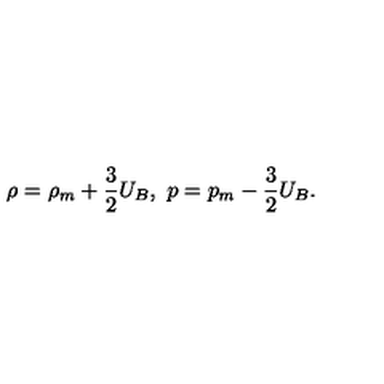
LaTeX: \rho = \rho _ { m } + \frac { 3 } { 2 } U _ { B } , \ p = p _ { m } - \frac { 3 } { 2 } U _ { B } .